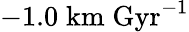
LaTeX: -1.0\; \mathrm{km}\; \mathrm{Gyr^{-1}}